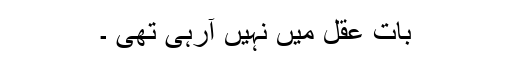
بات عقل میں نہیں آرہی تھی ۔